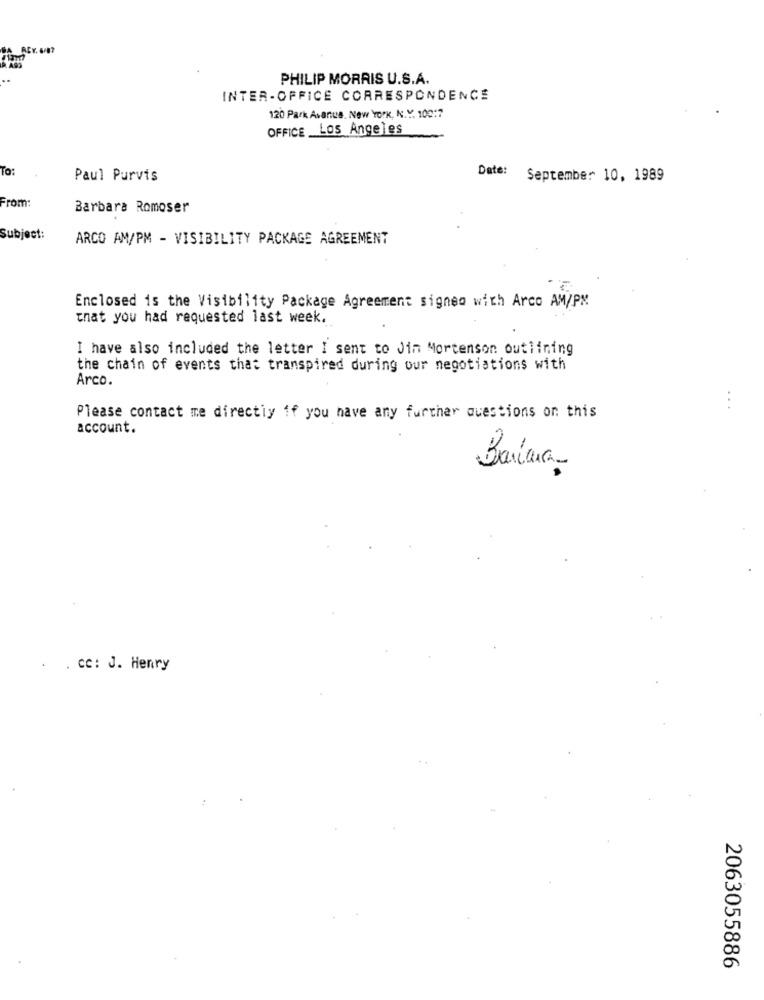
PHILIP MORRIS U.S.A.
INTER-OFFICE CORRESPONDENCE
120 Park Avenue, New York, N.Y. 100:7
OFFICE _Los Angeles
To:
Paul Purvis
Date: September 10, 1989
From:
Barbara Romoser
Subject:
ARCO AM/PM - VISIBILITY PACKAGE AGREEMENT
Enclosed is the Visibility Package Agreement signeo with Arco AM/PM
that you had requested last week.
I have also included the letter I sent to Jin Mortenson outlining
the chain of events that transpired during our negotiations with
Arco.
...
Please contact me directly if you have any further questions on this
account.
Barícia
. . CC: J. Henry
2063055886